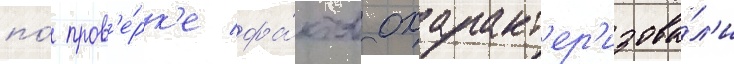
по́ пров'е́рк'е фа́ктов охаракт'ер'изова́л'и